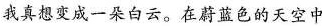
我真想变成一朵白云。在蔚蓝色的天空中